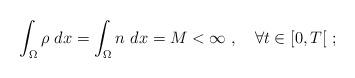
LaTeX: \begin{align*} \int_\Omega \rho \ dx = \int_\Omega n \ dx = M < \infty \ , \ \ \ \forall t \in [0,T[ \ ; \end{align*}